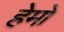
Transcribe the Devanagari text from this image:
हेमो